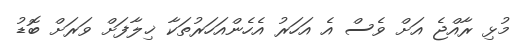
މުޅި ރާއްޖެ އަށް ވެސް އެ އަހަރު އެހެންއަހަރުތަކާ ޚިލާފަށް ވަރަށް ބޮޑު